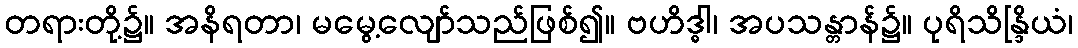
တရားတို့၌။ အနိရတာ၊ မမွေ့လျော်သည်ဖြစ်၍။ ဗဟိဒ္ဓါ၊ အပသန္တာန်၌။ ပုရိသိန္ဒြိယံ၊